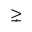
\gneq